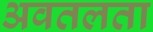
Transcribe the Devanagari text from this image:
अवतलता